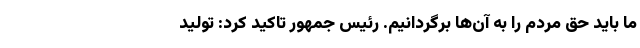
ما باید حق مردم را به آن‌ها برگردانیم. رئیس جمهور تاکید کرد: تولید